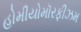
હોમીયોમૉરફીઝમ